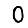
Digit: 0